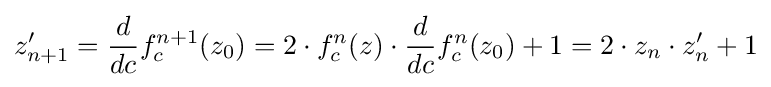
z_{n+1}'={\frac {d}{dc}}f_{c}^{n+1}(z_{0})=2\cdot {}f_{c}^{n}(z)\cdot {\frac {d}{dc}}f_{c}^{n}(z_{0})+1=2\cdot z_{n}\cdot z_{n}'+1